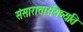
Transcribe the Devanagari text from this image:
संसारात्तारयिष्यति